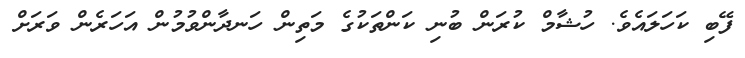
ފޭބި ކަހަލައެވެ. ހުޝާމް ކުރަން ބުނި ކަންތަކުގެ މަތިން ހަނދާންވުމުން އަހަރެން ވަރަށް